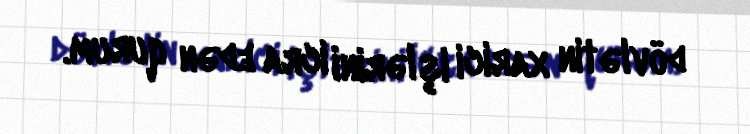
dövlətin xarici işlərini icra edən qurum.